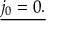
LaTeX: \underline { { j _ { 0 } = 0 . } }